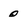
Character: 0